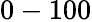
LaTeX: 0-100